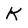
Character: K